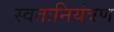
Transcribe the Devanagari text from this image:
स्वतःनियंत्रण